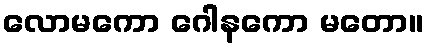
လောမကော ဂေါနကော မတော။